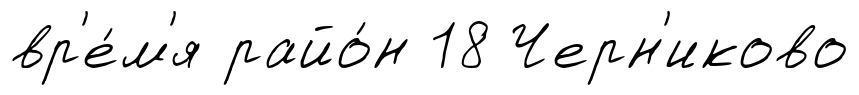
вр'е́м'я райо́н 18 Черн'иково